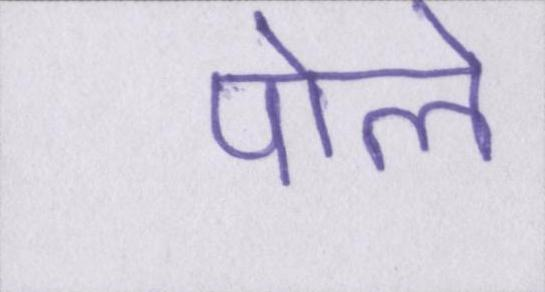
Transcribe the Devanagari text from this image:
पोले